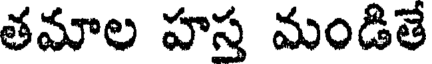
తమాల హస్త మండితే